Indian journal of veterinary science and animal husbandry - Volume 3,
Year: 1933
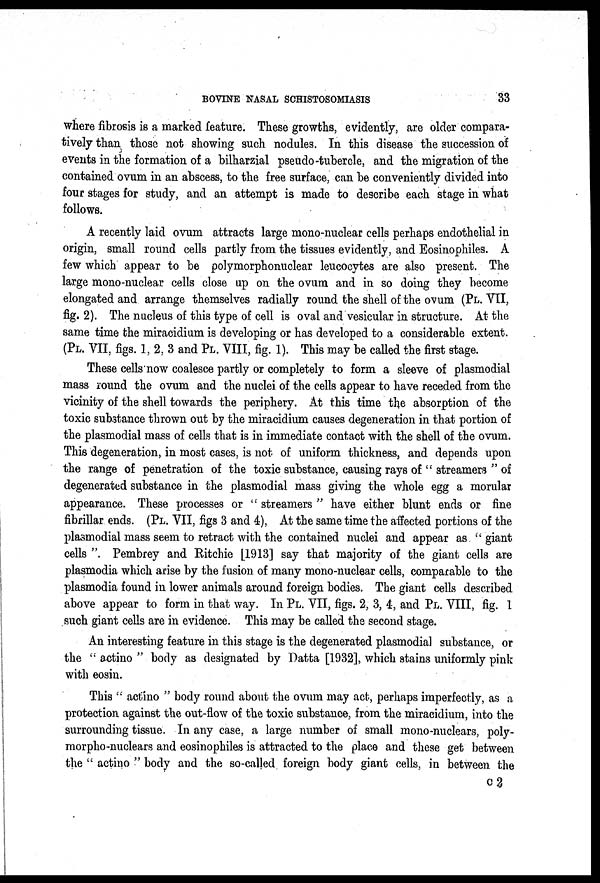
BOVINE NASAL SCHISTOSOMIASIS
33
where fibrosis is a marked feature. These growths, evidently, are older compara-
tively than those not showing such nodules. In this disease the succession of
events in the formation of a bilharzial pseudo-tubercle, and the migration of the
contained ovum in an abscess, to the free surface, can be conveniently divided into
four stages for study, and an attempt is made to describe each stage in what
follows.
A recently laid ovum attracts large mono-nuclear cells perhaps endothelial in
origin, small round cells partly from the tissues evidently, and Eosinophiles. A
few which appear to be polymorphonuclear leucocytes are also present. The
large mono-nuclear cells close up on the ovum and in so doing they become
elongated and arrange themselves radially round the shell of the ovum (PL. VII,
fig. 2). The nucleus of this type of cell is oval and vesicular in structure. At the
same time the miracidium is developing or has developed to a considerable extent.
(PL. VII, figs. 1, 2, 3 and PL. VIII, fig. 1). This may be called the first stage.
These cells now coalesce partly or completely to form a sleeve of plasmodial
mass round the ovum and the nuclei of the cells appear to have receded from the
vicinity of the shell towards the periphery. At this time the absorption of the
toxic substance thrown out by the miracidium causes degeneration in that portion of
the plasmodial mass of cells that is in immediate contact with the shell of the ovum.
This degeneration, in most cases, is not of uniform thickness, and depends upon
the range of penetration of the toxic substance, causing rays of " streamers " of
degenerated substance in the plasmodial mass giving the whole egg a morular
appearance. These processes or " streamers " have either blunt ends or fine
fibrillar ends. (PL. VII, figs 3 and 4), At the same time the affected portions of the
plasmodial mass seem to retract with the contained nuclei and appear as "giant
cells ". Pembrey and Ritchie [1913] say that majority of the giant cells are
Plasmodia which arise by the fusion of many mono-nuclear cells, comparable to the
Plasmodia found in lower animals around foreign bodies. The giant cells described
above appear to form in that way. In PL. VII, figs. 2, 3, 4, and PL. VIII, fig. 1
such giant cells are in evidence. This may be called the second stage.
An interesting feature in this stage is the degenerated plasmodial substance, or
the " actino " body as designated by Datta [1932], which stains uniformly pink
with eosin.
This " actino " body round about the ovum may act, perhaps imperfectly, as a
protection against the out-flow of the toxic substance, from the miracidium, into the
surrounding tissue. In any case, a large number of small mono-nuclears, poly¬
morpho-nuclears and eosinophiles is attracted to the place and these get between
the " actino " body and the so-called foreign body giant cells, in between the
C 2